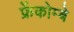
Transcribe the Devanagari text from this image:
फ्रेंकोम्बे